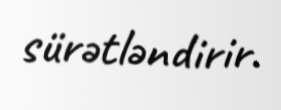
sürətləndirir.